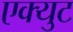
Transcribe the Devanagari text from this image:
एक्युट